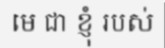
មេ ជា ខ្ញុំ របស់